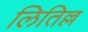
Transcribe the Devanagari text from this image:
लितिल्ल